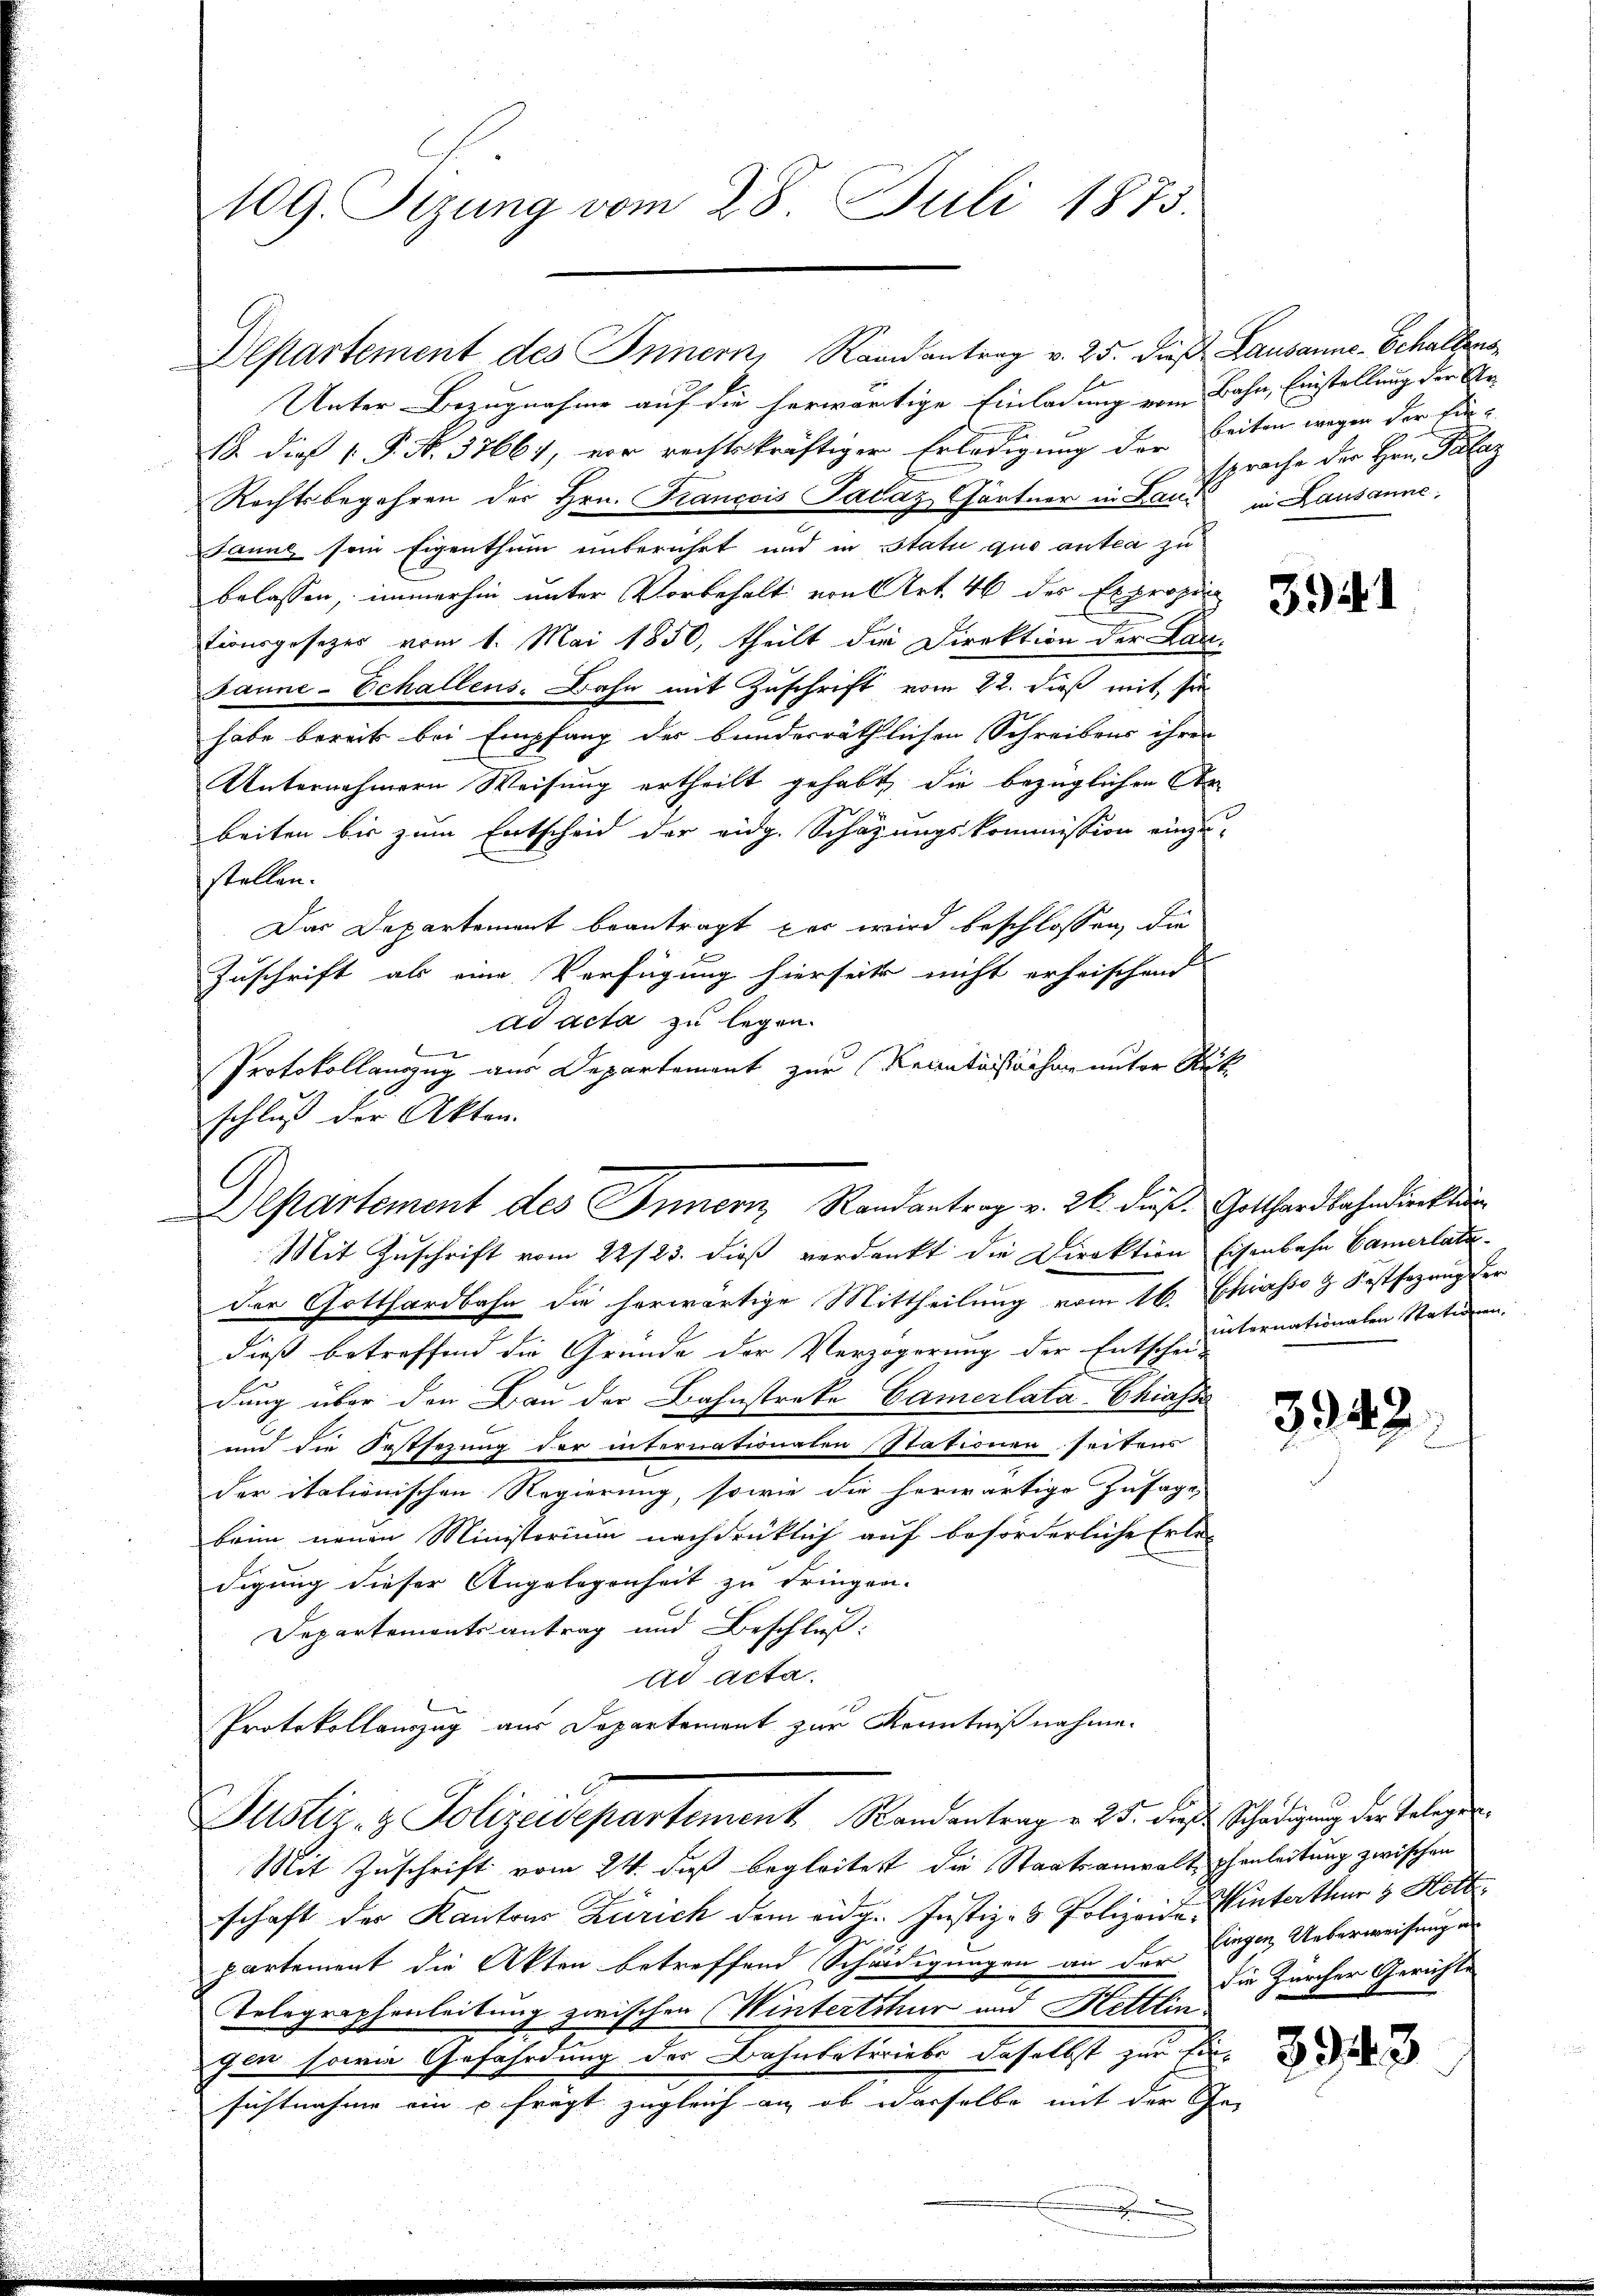
109. Sizung vom 28. Juli 1873.

C

Departement des Innern, Kronantrag v. 25. Dieß Lausanne.- Echallens
Unter-Bezugnahme auf die herwärtige Einladung vom Bahn, Einstellung der Ur-
18. dieß 1. P. N. 37661, vor rechtskräftiger Erledigung der Zeiten wegen der Ein¬
Rechtsbegehren des Hrn. Francois Salaz Gärtner in Land in Lausanne,
Jaune sein Eigenthum unberührt und in Statu quo anten zu
belassen, immerhin unter Vorbehalt von Art. 46 des Expropin
tionsgesezes vom 1. Mai 1850, theilt die Direktion der Lan-
Janne-Echallens-Bahn mit Zuschrift vom 22. dieß mit sie
habe bereits bei Empfang der bunderräthlichen Schreibens ihres
Unternehmern Weisung ertheilt gehabt, die bezüglichen Ar
beiten bis zum Entscheid der eidg. Schazungskommission einzu-
stellen.
Das Departement beantragt war wird beschlossen, die
Zuschrift als eine Verfügung hierseits nicht erheischend
ad acta zu legen.
Protokollauszug aus Departement zur Krantastichen unter Rütschluß der Akten.
Mit Zuschrift vom 22/23. dieß verdankt die Direktion Eisenbahn Camerlatáder Gotthardbahn die herwärtige Mittheilung vom 16. Chiasso & Festsezung der
dieß betreffend die Gründe der Verzögerung der Entschei-
dung über den Bau der Bahnstreke Camerlata-Chiasss
und die Orstsezung der internationalen Stationen seitens
der italienischen Regierung, sowie die herwärtige Zusage,
brin neuen Ministerium nachdrücklich auf beförderliche Erle-
digung dieser Angelegenheit zu dringen.
Departementsantrag und Beschluß:
ad acta.
Protokollauszug aus Departement zur Kenntnißnahme.
Justiz- & Polizeidepartement Randentrag v. 25. diese Schädigung der Telegen
Mit Zuschrift vom 24. daß begleitest die Staatsanwalt phenleitung zwischen
schaft der Kantons Zürich dem eidg. Justiz- & Polizeide Hinterthur & Hettpartement die Akten betreffend Schädigungen an der
Telegraphenleitung zwischen Wintertituer und Hettlingen sowie Gefährdung der Bahnbetriebs daselbst zur Einsichtnahme ein p frägt zugleich an, ob derselbe mit der Ge¬

Departement des Innern, Randantrag v. 26. dieß Gotthardbahndirekti

sprache der Hrn. Palaz

39)

internationalen Stationen.

334

1

Singen Ueberweisung an
die Zürcher Gerichte

u

3943